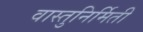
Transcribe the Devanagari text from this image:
वास्तुनिर्मिती